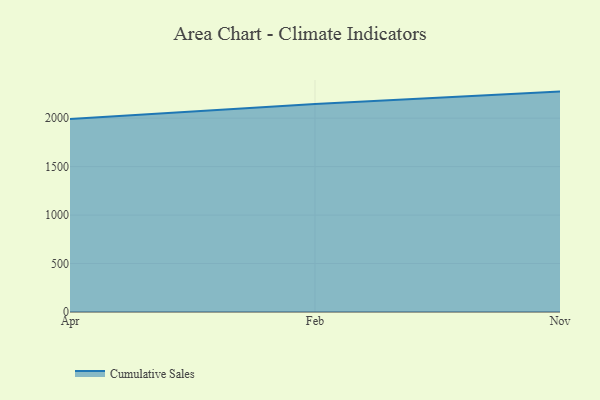
{"axis": {"x": "Month", "y": "Demand Index"}, "legend": ["Cumulative Sales"], "data": [{"x": "Apr", "y": 1991.8, "type": "Cumulative Sales"}, {"x": "Feb", "y": 2146.1, "type": "Cumulative Sales"}, {"x": "Nov", "y": 2274.0, "type": "Cumulative Sales"}]}